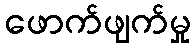
ဖောက်ဖျက်မှု